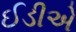
ઈડીએ